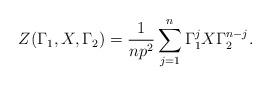
LaTeX: \begin{align*}Z(\Gamma _{1},X,\Gamma _{2})=\frac{1}{np^{2}}\sum_{j=1}^{n}\Gamma_{1}^{j}X\Gamma _{2}^{n-j}. \end{align*}